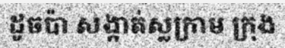
ដូចប៉ា សង្កាត់ស្លក្រាម ក្រុង